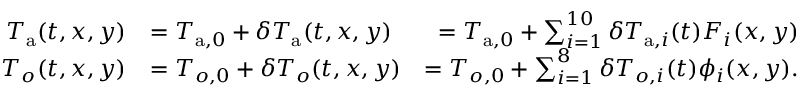
\begin{array} { r l r } { T _ { \mathrm { a } } ( t , x , y ) } & { = T _ { \mathrm { a } , 0 } + \delta T _ { \mathrm { a } } ( t , x , y ) } & { = T _ { \mathrm { a } , 0 } + \sum _ { i = 1 } ^ { 1 0 } \delta T _ { \mathrm { a } , i } ( t ) F _ { i } ( x , y ) } \\ { T _ { o } ( t , x , y ) } & { = T _ { o , 0 } + \delta T _ { o } ( t , x , y ) } & { = T _ { o , 0 } + \sum _ { i = 1 } ^ { 8 } \delta T _ { o , i } ( t ) \phi _ { i } ( x , y ) . } \end{array}